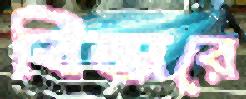
বিস্তারে